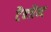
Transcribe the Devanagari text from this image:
टैन्जैन्ट